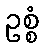
ဥစ္စံ